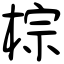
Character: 棕